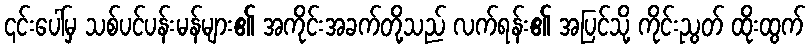
၎င်းပေါ်မှ သစ်ပင်ပန်းမန်များ၏ အကိုင်းအခက်တို့သည် လက်ရန်း၏ အပြင်သို့ ကိုင်းညွတ် ထိုးထွက်